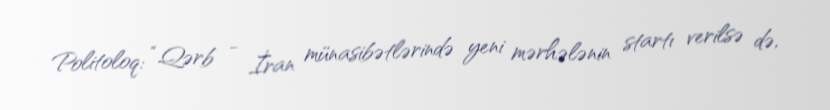
Politoloq: “Qərb - İran münasibətlərində yeni mərhələnin startı verilsə də,